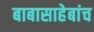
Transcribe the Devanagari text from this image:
बाबासाहेबांच